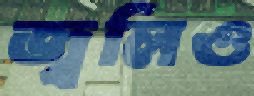
জ্বলিও